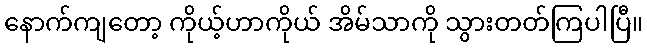
နောက်ကျတော့ ကိုယ့်ဟာကိုယ် အိမ်သာကို သွားတတ်ကြပါပြီ။